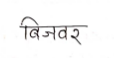
मजकूर: बिजवर